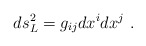
\begin{align*} ds_L^2= g_{ij}dx^idx^j \ .\end{align*}